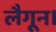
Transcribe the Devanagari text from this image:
लैगून।